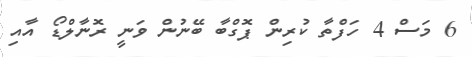
6 މަސް 4 ހަފްތާ ކުރިން ޕޮގްބާ ބޭނުން ވަނީ ރޮނާލްޑޯ އާއި